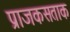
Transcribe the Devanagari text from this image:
प्राजकसताक